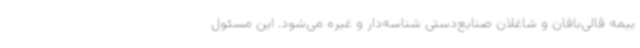
بیمه قالی‌بافان و شاغلان صنایع‌دستی شناسه‌دار و غیره می‌شود. این مسئول